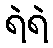
ရဲရဲ